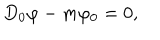
D _ { 0 } \varphi - m \varphi _ { 0 } = 0 ,